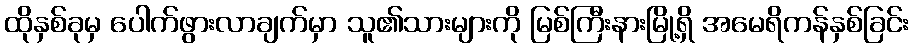
ထိုနှစ်ခုမှ ပေါက်ဖွားလာချက်မှာ သူ၏သားများကို မြစ်ကြီးနားမြို့ရှိ အမေရိကန်နှစ်ခြင်း